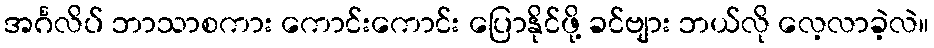
အင်္ဂလိပ် ဘာသာစကား ကောင်းကောင်း ပြောနိုင်ဖို့ ခင်ဗျား ဘယ်လို လေ့လာခဲ့လဲ။